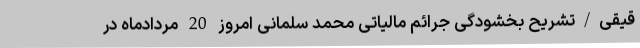
قیقی/تشریح بخشودگی جرائم مالیاتی محمد سلمانی امروز 20 مردادماه در